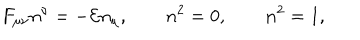
F _ { \mu \nu } n ^ { \nu } = - { \cal E } n _ { \mu } , \qquad n ^ { 2 } = 0 , \qquad { \bf n } ^ { 2 } = 1 ,